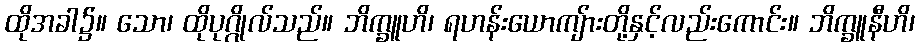
ထိုအခါ၌။ သော၊ ထိုပုဂ္ဂိုလ်သည်။ ဘိက္ခူဟိ၊ ရဟန်းယောကျ်ားတို့နှင့်လည်းကောင်း။ ဘိက္ခူနီဟိ၊